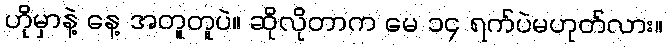
ဟိုမှာနဲ့ နေ့ အတူတူပဲ။ ဆိုလိုတာက မေ ၁၄ ရက်ပဲမဟုတ်လား။